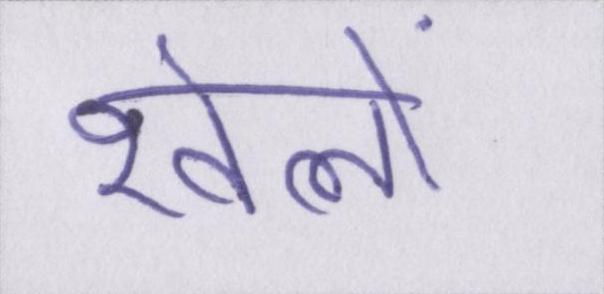
खेलो